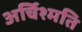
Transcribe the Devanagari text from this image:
अर्चिश्मति